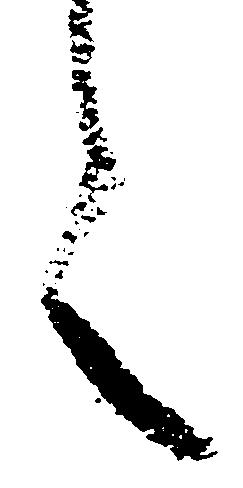
言